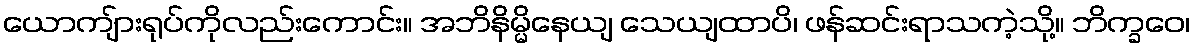
ယောကျ်ားရုပ်ကိုလည်းကောင်း။ အဘိနိမ္မိနေယျ သေယျထာပိ၊ ဖန်ဆင်းရာသကဲ့သို့။ ဘိက္ခဝေ၊